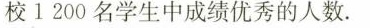
校1200名学生中成绩优秀的人数。